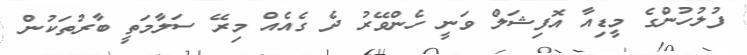
ފުލުހުންގެ މީޑިއާ އޮފިޝަލް ވަނީ ހެންވޭރު ދެ ގެއެއް މިރޭ ސަލާމަތީ ބާރުތަކުން